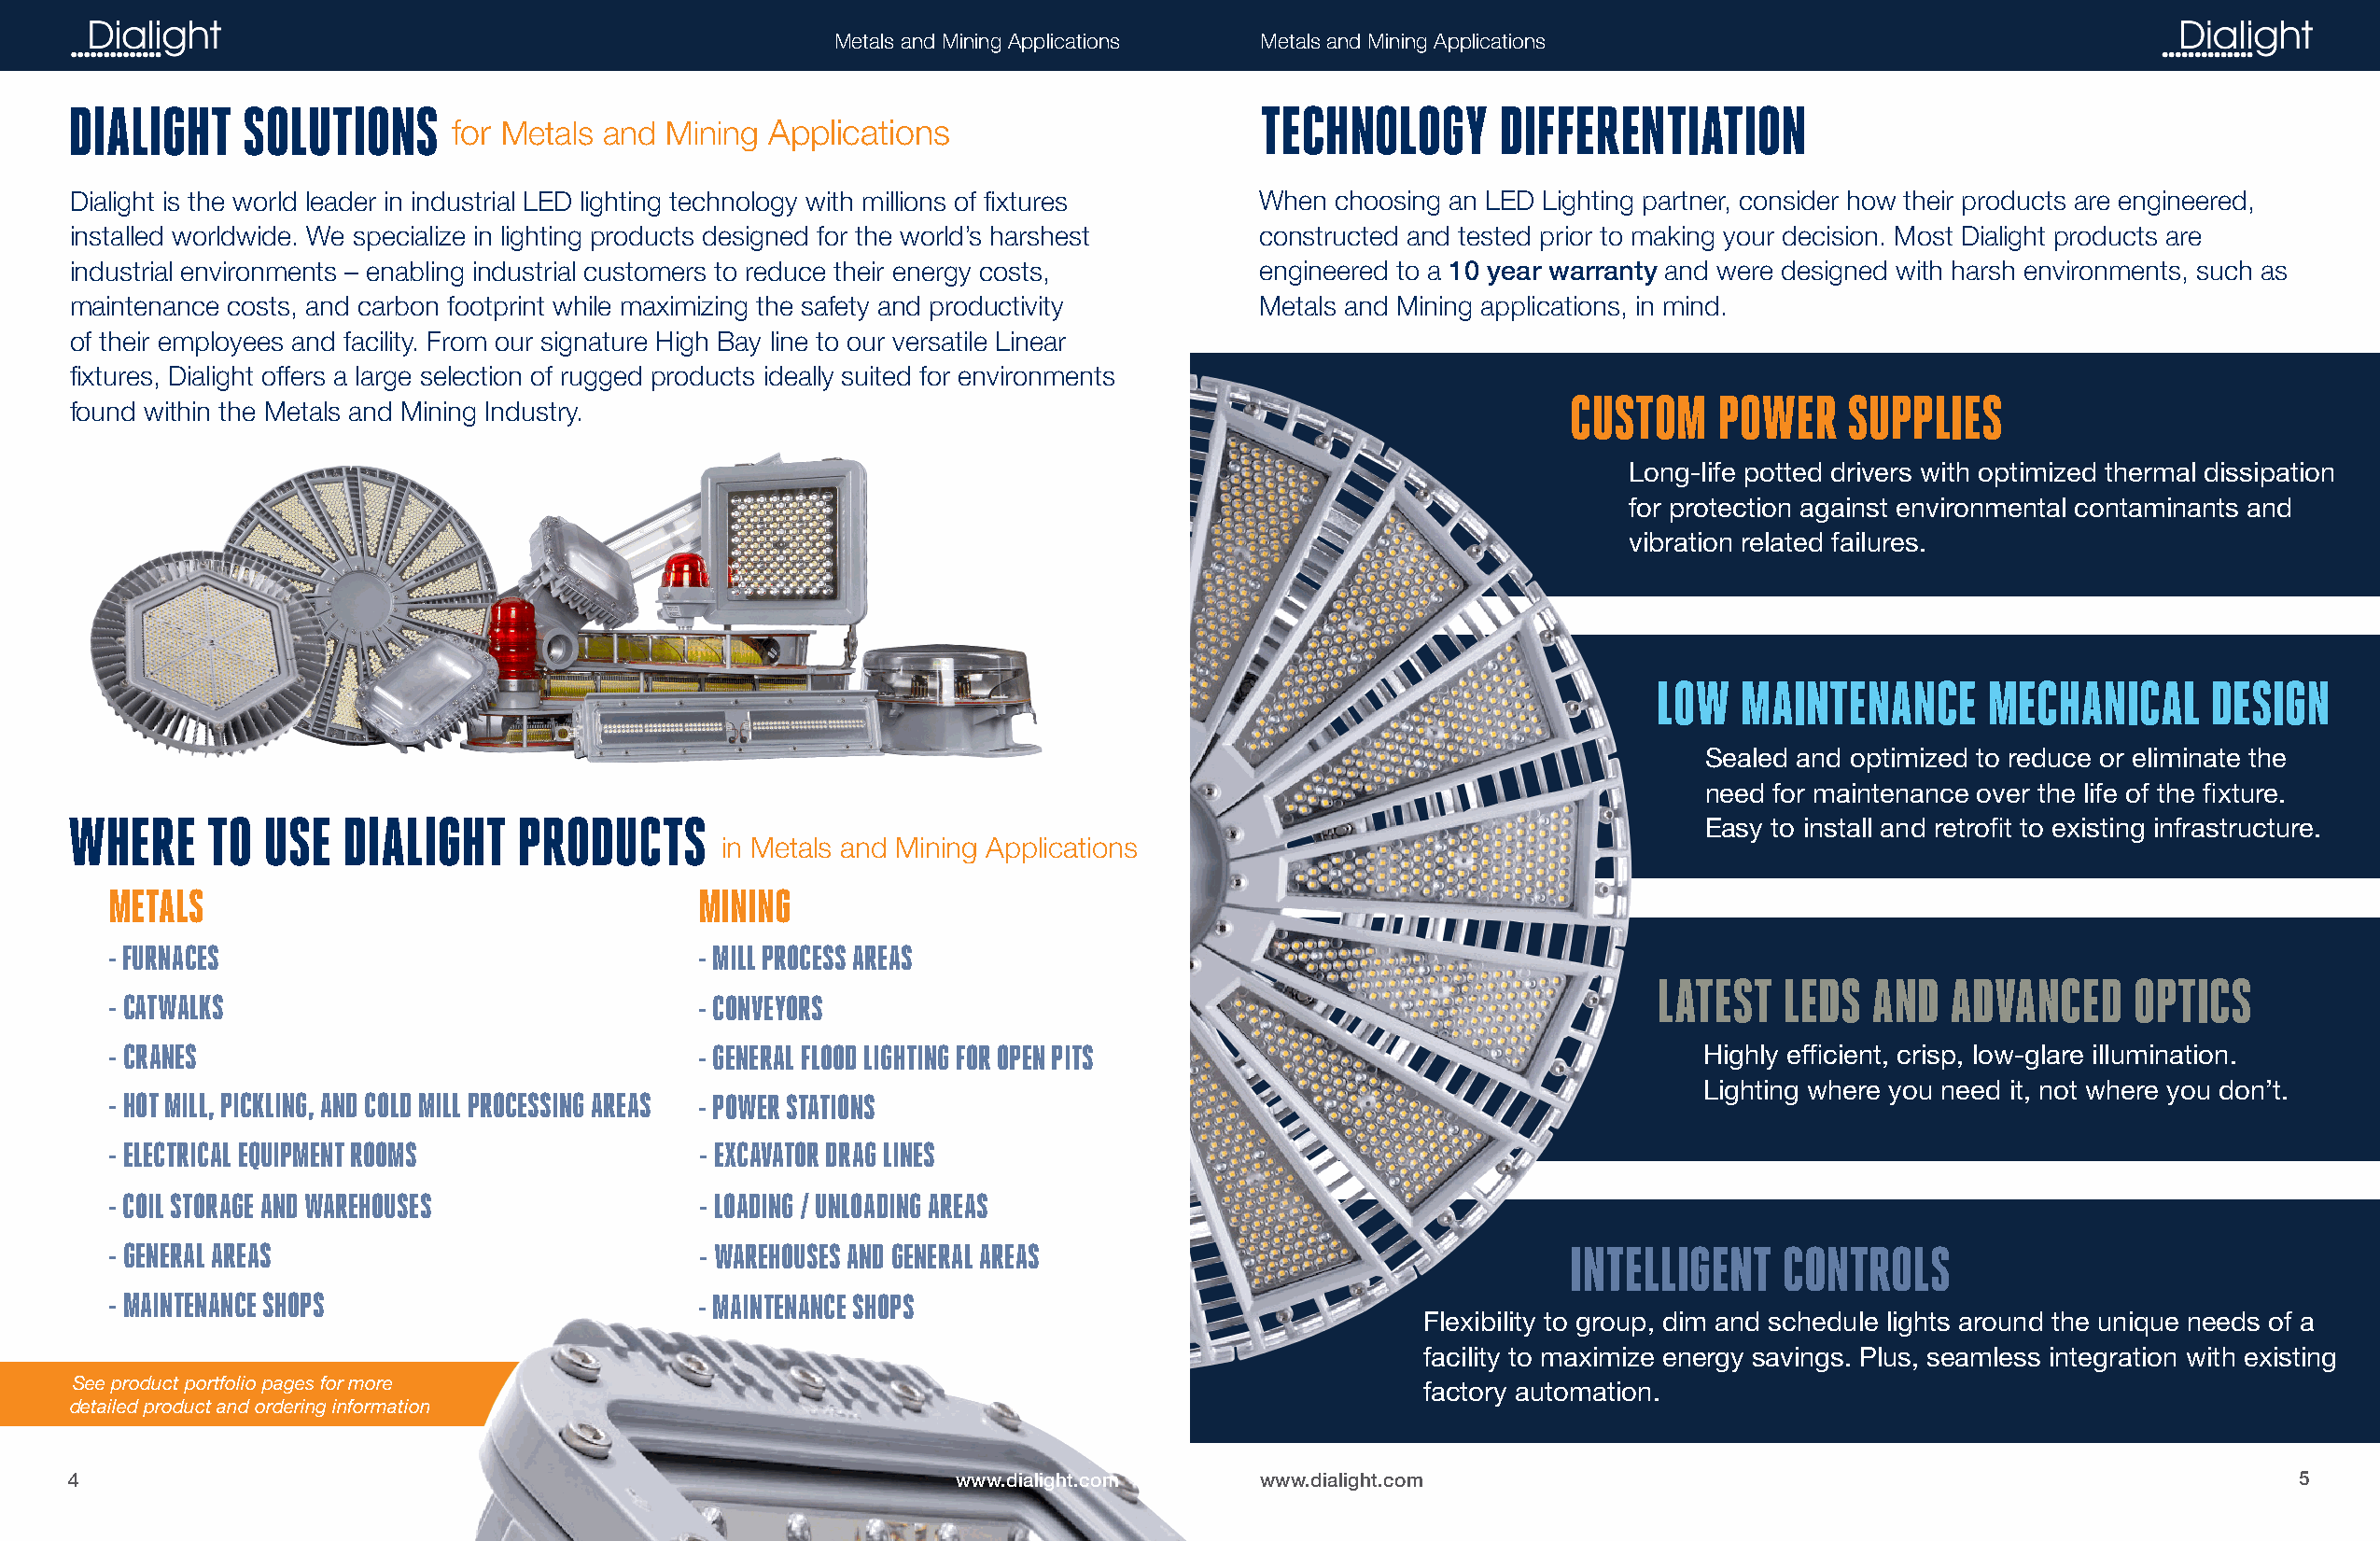
Metals and Mining Applications Metals and Mining Applications
 DIALIGHT    SOLUTIONS                                                               TECHNOLOGY       DIFFERENTIATION
 for Metals and Mining  Applications
 Dialight is the world leader in industrial LED lighting technology with millions of fixtures When choosing an LED Lighting partner, consider how their products are engineered,
 installed worldwide. We specialize in lighting products designed for the world’s harshest constructed and tested prior to making your decision. Most Dialight products are
 industrial environments – enabling industrial customers to reduce their energy costs, engineered to a 10 year warranty and were designed with harsh environments, such as
 maintenance costs, and carbon footprint while maximizing the safety and productivity Metals and Mining applications, in mind.
 of their employees and facility. From our signature High Bay line to our versatile Linear
 fixtures, Dialight offers a large selection of rugged products ideally suited for environments
 CUSTOM     POWER    SUPPLIES
 found within the Metals and Mining Industry.
 Long-life potted drivers with optimized thermal dissipation
 for protection against environmental contaminants and
 vibration related failures.
 LOW  MAINTENANCE       MECHANICAL      DESIGN
 Sealed and optimized to reduce or eliminate the
 need for maintenance over the life of the fixture.
 WHERE     TO  USE  DIALIGHT     PRODUCTS                                                                            Easy to install and retrofit to existing infrastructure.
 in Metals and Mining Applications
 METALS                                    MINING
 - FURNACES                                - MILL PROCESS AREAS
 LATEST  LEDS   AND  ADVANCED     OPTICS
 - CATWALKS                                - CONVEYORS
 - CRANES                                  - GENERAL FLOOD LIGHTING FOR OPEN PITS                                 Highly efficient, crisp, low-glare illumination.
 Lighting where you need it, not where you don’t.
 - HOT MILL, PICKLING, AND COLD MILL PROCESSING AREAS - POWER STATIONS
 - ELECTRICAL EQUIPMENT ROOMS              - EXCAVATOR DRAG LINES
 - COIL STORAGE AND WAREHOUSES             - LOADING / UNLOADING AREAS
 - GENERAL AREAS                           - WAREHOUSES AND GENERAL AREAS                               INTELLIGENT    CONTROLS
 - MAINTENANCE SHOPS                       - MAINTENANCE SHOPS
 Flexibility to group, dim and schedule lights around the unique needs of a
 facility to maximize energy savings. Plus, seamless integration with existing
 See product portfolio pages for more                                                            factory automation.
 detailed product and ordering information
 4                                                              www.dialight.com     www.dialight.com                                                          5